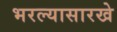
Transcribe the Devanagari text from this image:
भरल्यासारखे